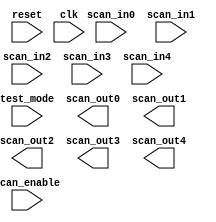
module EXPAND (
           reset,
           clk,
           scan_in0,
           scan_in1,
           scan_in2,
           scan_in3,
           scan_in4,
           scan_enable,
           test_mode,
           scan_out0,
           scan_out1,
           scan_out2,
           scan_out3,
           scan_out4
       );

input
    reset,                      // system reset
    clk;                        // system clock

input
    scan_in0,                   // test scan mode data input
    scan_in1,                   // test scan mode data input
    scan_in2,                   // test scan mode data input
    scan_in3,                   // test scan mode data input
    scan_in4,                   // test scan mode data input
    scan_enable,                // test scan mode enable
    test_mode;                  // test mode 

output
    scan_out0,                  // test scan mode data output
    scan_out1,                  // test scan mode data output
    scan_out2,                  // test scan mode data output
    scan_out3,                  // test scan mode data output
    scan_out4;                  // test scan mode data output


endmodule